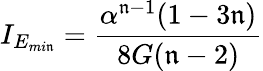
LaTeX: I_{E_{mi\mathfrak{n}}}=\frac{{\alpha^{\mathfrak{n}-1}(1-3\mathfrak{n})}}{{8G(\mathfrak{n}-2)}}